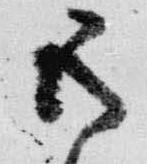
五